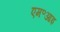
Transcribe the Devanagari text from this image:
एम॰आइ